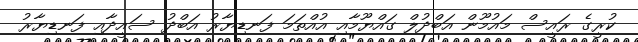
ކުރީގެ ރައީސް މައުމޫން އަބްދުލް ގައްޔޫމާއި އުއްތަމަ ފަނޑިޔާރު އަބްދު ސައީދާއި ފަނޑިޔާރު